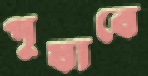
পুষাবে